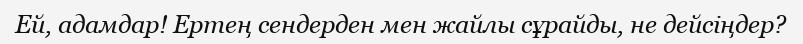
Ей, адамдар! Ертең сендерден мен жайлы сұрайды, не дейсіңдер?